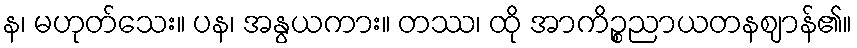
န၊ မဟုတ်သေး။ ပန၊ အနွယကား။ တဿ၊ ထို အာကိဉ္စညာယတနဈာန်၏။